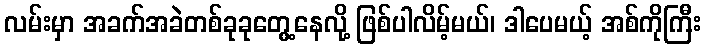
လမ်းမှာ အခက်အခဲတစ်ခုခုတွေ့နေလို့ ဖြစ်ပါလိမ့်မယ်၊ ဒါပေမယ့် အစ်ကိုကြီး